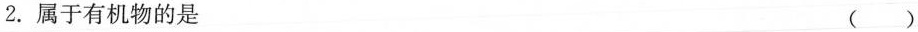
2.属于有机物的是 ()